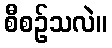
စီစဉ်သလဲ။